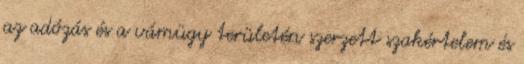
az adózás és a vámügy területén szerzett szakértelem és